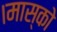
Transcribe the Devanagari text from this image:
।मास्को